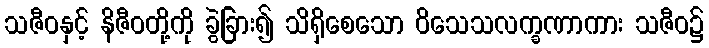
သဇီဝနှင့် နိဇီဝတို့ကို ခွဲခြား၍ သိရှိစေသော ဝိသေသလက္ခဏာကား သဇီဝ၌